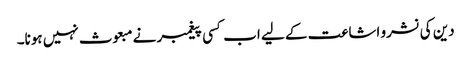
دین کی نشرو اشاعت کے لیے اب کسی پیغمبر نے مبعوث نہیں ہونا۔